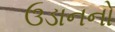
ઉડાનનો